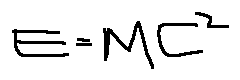
E = M C ^ { 2 }